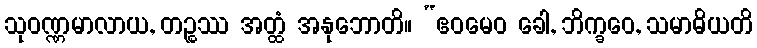
သုဝဏ္ဏမာလာယ, တဉ္စဿ အတ္ထံ အနုဘောတိ။ “ဧဝမေဝ ခေါ, ဘိက္ခဝေ, သမာဓိယတိ